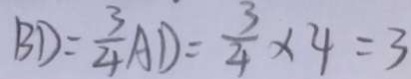
B D = \frac { 3 } { 4 } A D = \frac { 3 } { 4 } \times 4 = 3